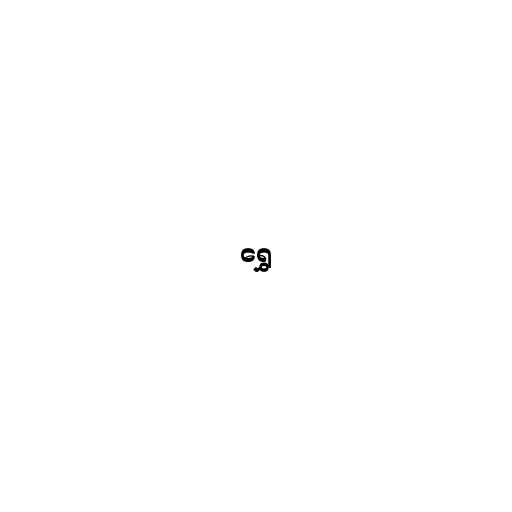
ရွှေ